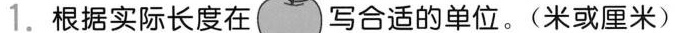
1.根据实际长度在 写合适的单位。(米或厘米)